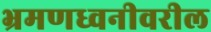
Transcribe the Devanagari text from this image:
भ्रमणध्वनीवरील